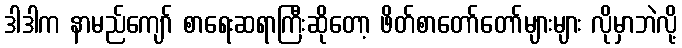
ဒါဒါက နာမည်ကျော် စာရေးဆရာကြီးဆိုတော့ ဖိတ်စာတော်တော်များများ လိုမှာဘဲလို့